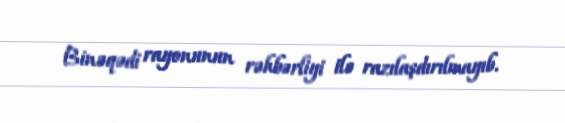
Binəqədi rayonunun rəhbərliyi ilə razılaşdırılmayıb.